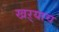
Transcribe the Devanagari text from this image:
खऱ्याच